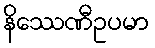
နိဿေဏီဥပမာ